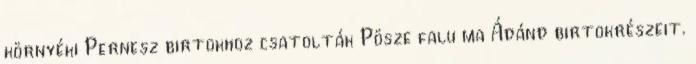
környéki Pernesz birtokhoz csatolták Pösze falu ma Ádánd birtokrészeit.